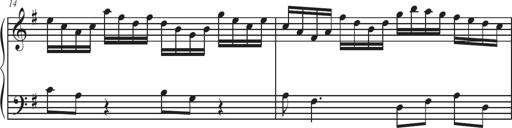
Title: Sonatina Espania
Composer: Jerald Franklin Archer
Key: Various